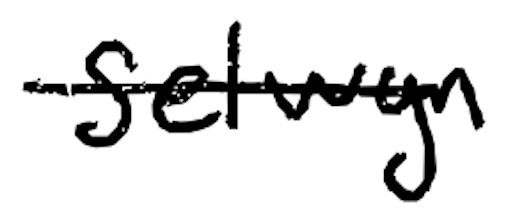
Text: Selwyn
Cross-out: single-line
Writing tool: digital_black